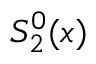
S _ { 2 } ^ { 0 } ( x )